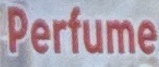
Perfume